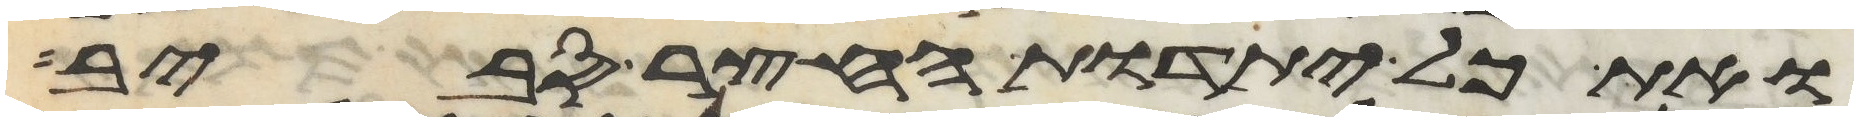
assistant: ואת כל יתדות החצר סביב